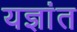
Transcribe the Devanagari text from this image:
यज्ञांत